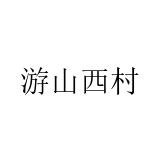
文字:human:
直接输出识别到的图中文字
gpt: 游山西村